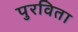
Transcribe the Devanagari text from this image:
पुरविता